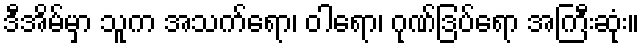
ဒီအိမ်မှာ သူက အသက်ရော၊ ဝါရော၊ ဂုဏ်ဒြပ်ရော အကြီးဆုံး။